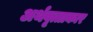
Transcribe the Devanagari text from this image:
अर्थवृत्ताकार